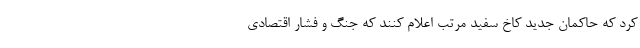
کرد که حاکمان جدید کاخ سفید مرتب اعلام کنند که جنگ و فشار اقتصادی